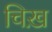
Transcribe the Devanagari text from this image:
चिख़